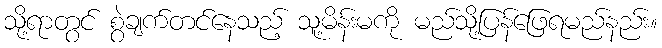
သို့ရာတွင် စွဲချက်တင်နေသည့် သူ့မိန်းမကို မည်သို့ပြန်ဖြေရမည်နည်း။